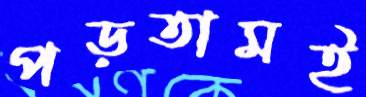
পড়তামই